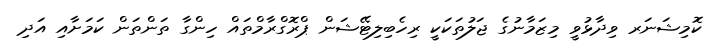
ކޮމިޝަނަރ ވިދާޅުވީ މިޒަމާނުގެ ޖަލުތަކަކީ ރިހެބިލިޓޭޝަން ޕްރޮގްރާމްތައް ހިންގާ ތަންތަން ކަމަށާއި އަދި